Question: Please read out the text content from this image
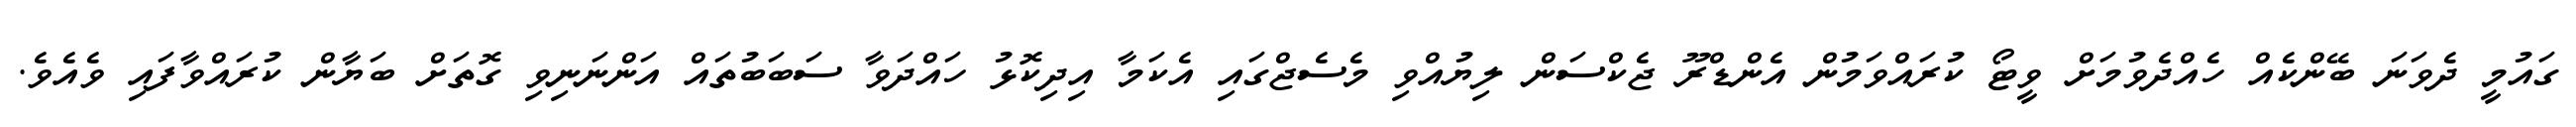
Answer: ގައުމީ ދެވަނަ ބޭންކެއް ހެއްދެވުމަށް ވީޓޯ ކުރައްވަމުން އެންޑްރޫ ޖެކްސަން ލިޔުއްވި މެސެޖްގައި އެކަމާ އިދިކޮޅު ހައްދަވާ ސަބަބުތައް އަންނަނިވި ގޮތަށް ބަޔާން ކުރައްވާފައި ވެއެވެ.